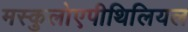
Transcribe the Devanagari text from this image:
मस्कुलोएपीथिलियल